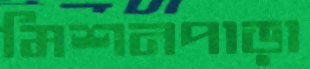
মিশনপাড়া